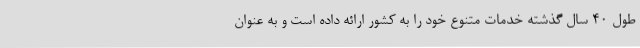
طول 40 سال گذشته خدمات متنوع خود را به کشور ارائه داده است و به عنوان